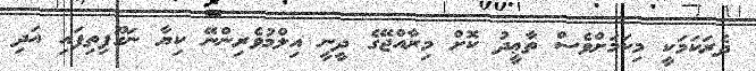
ދެރަކަމަކީ މިކަމަށްވެސް ތާޢީދު ކޮށް މިރާއްޖޭގެ ދީނީ އިލްމުވެރިންނޭ ކިޔާ ނަގޫފިތިފައި އަދި